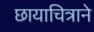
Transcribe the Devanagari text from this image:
छायाचित्राने